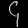
Digit: ၄